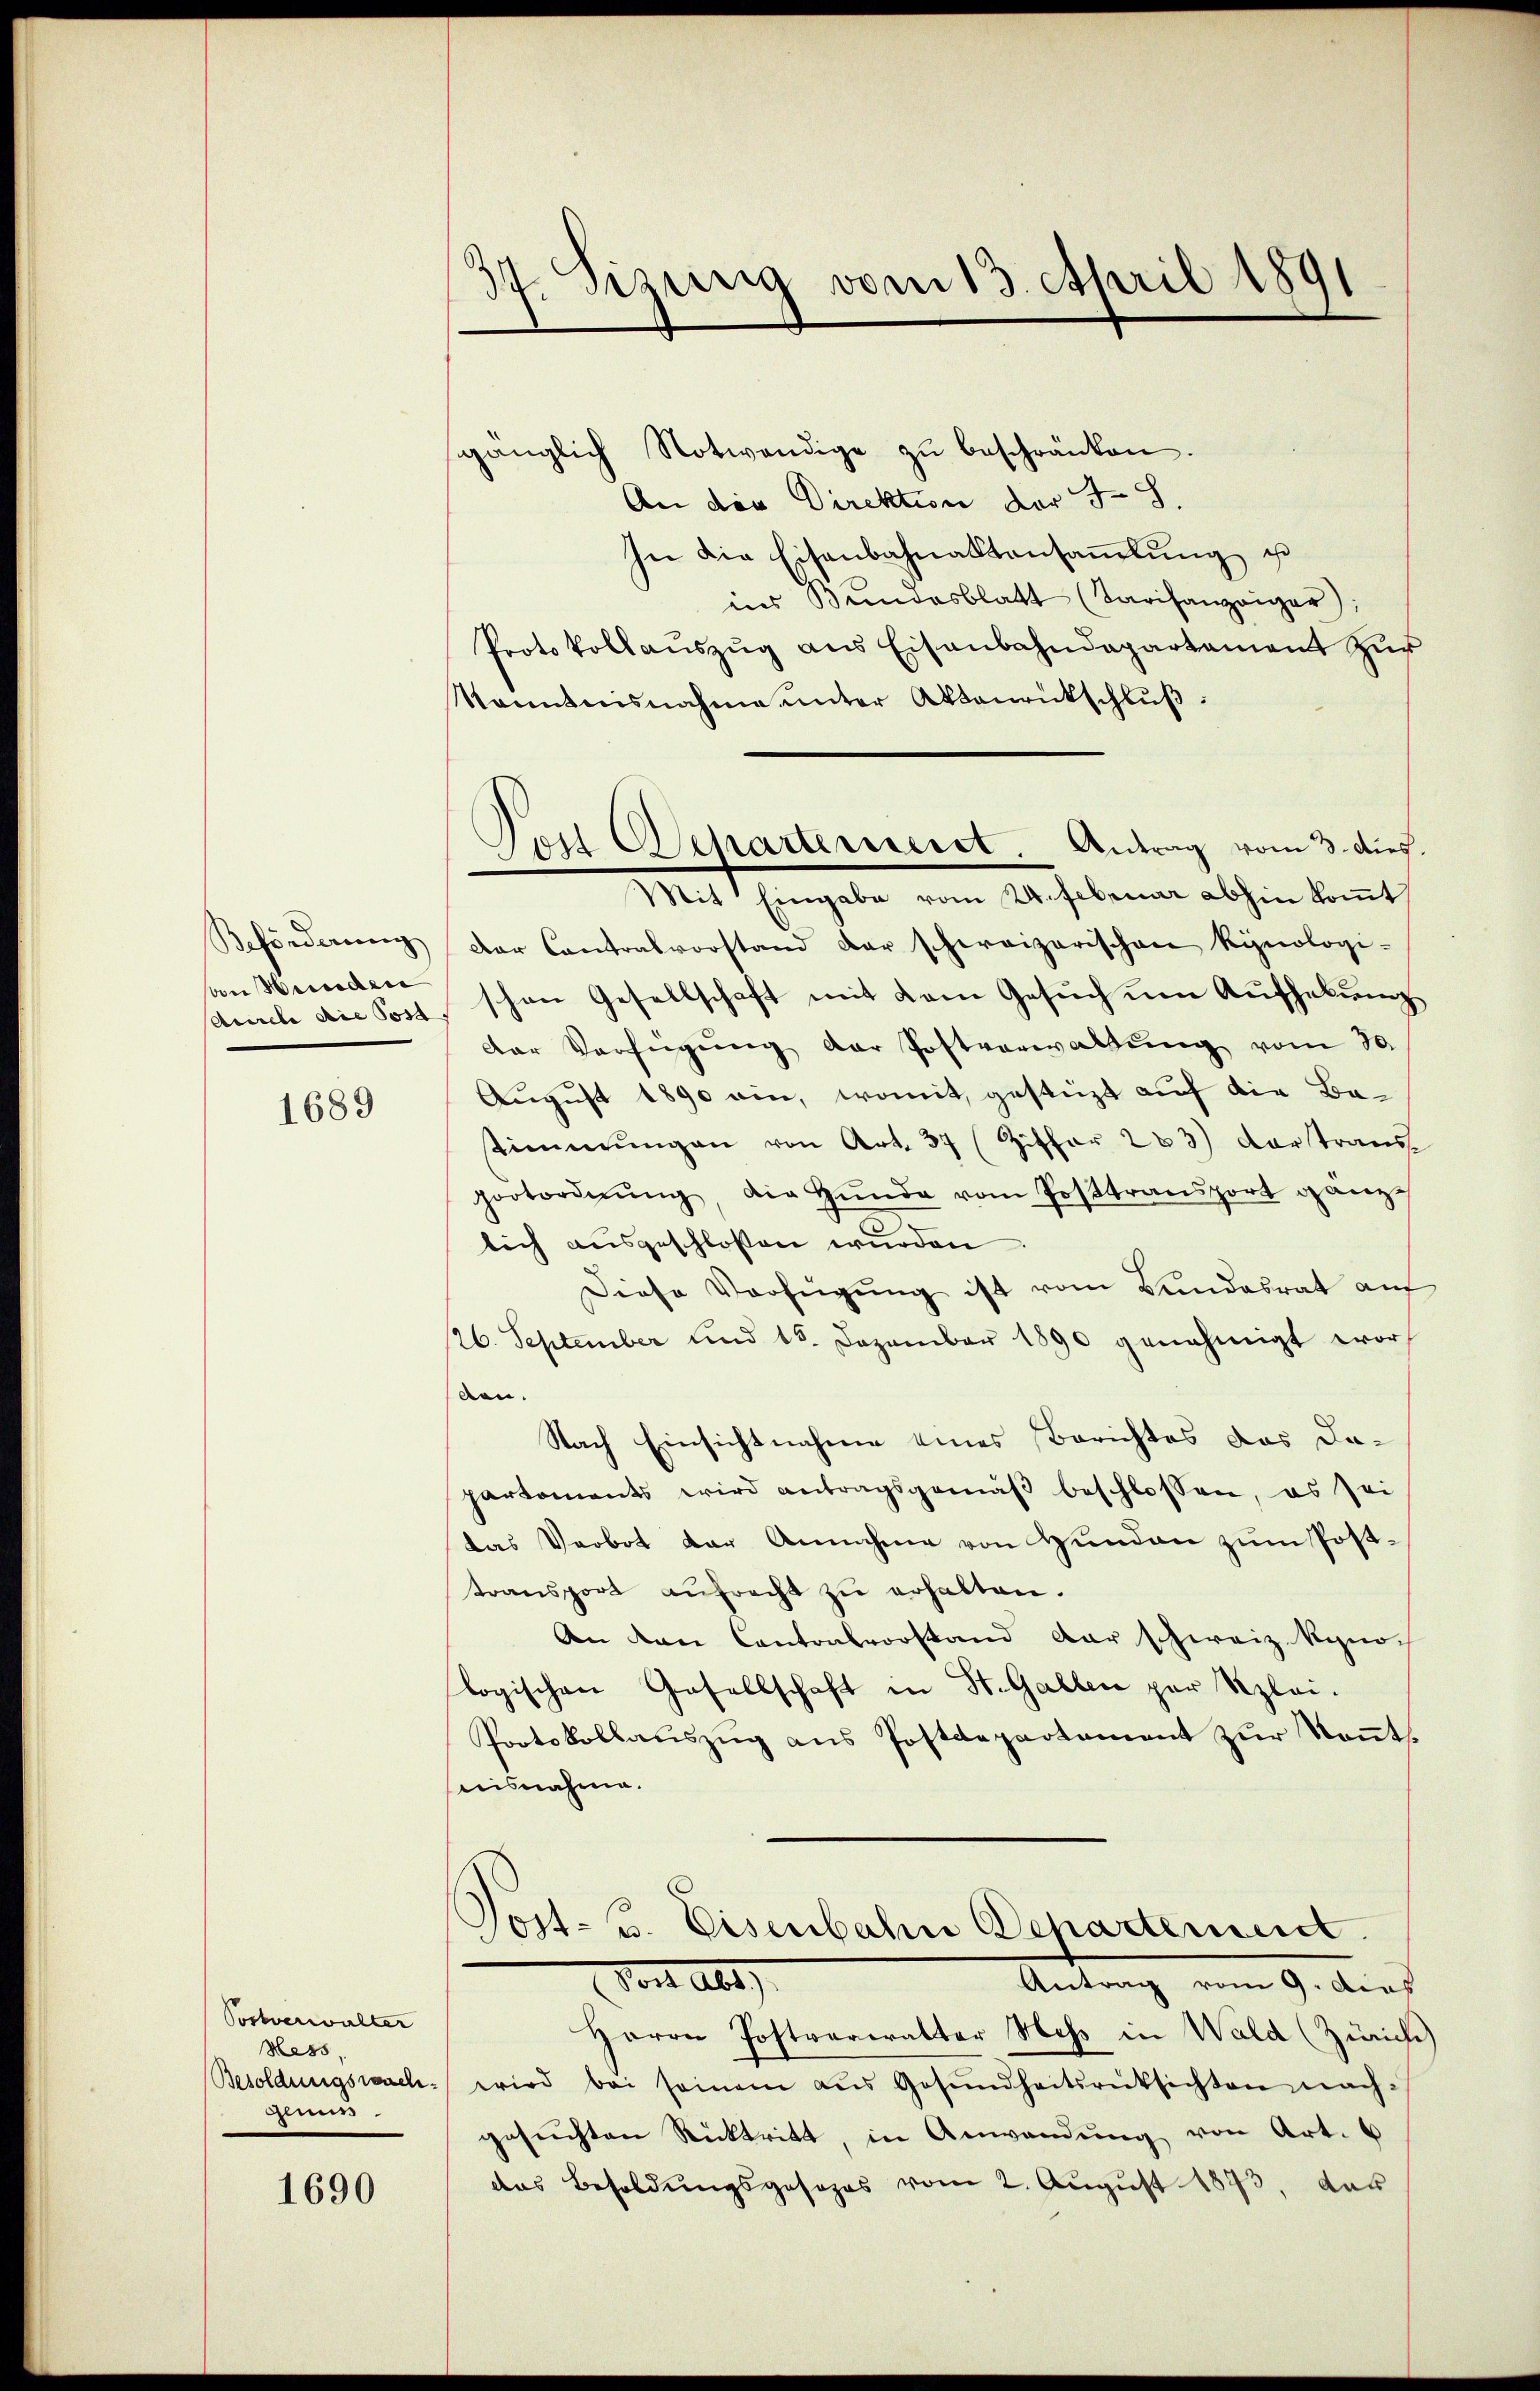
Beförderung
an Wunden
sdurch die Post

1689

Postverwalter
Hess
Besoldungswach¬
Glunss

1690

.
f. Gesung vom 13. April 1891

gänglich Notwendige zŭ beschränken.
An die Direktion der J. H.
In die Eisenbahnaktansaṁlŭng u
ins Bundesblatt (Tarifanzeiger),
Protokollaŭszŭg ans Eisenbahndepartament zŭr
Sanntnisnahme unter Aktaŭrückschlŭβ:
Mit Eingabe vom 24. Februar abhin kommt
Der Contralvorstand der schweizerischen kynologi-
schen Gesellschaft mit dem Gesuch um Aufhebung
der Verfügŭng der Postverwaltŭng vom 30.
August 1890 ein, womit gestüzt auf die Batimmungen von Art. 37 (Ziffer 283) dar trans
pootordnŭng die Hŭnde vom Posttransport gänze
lich aŭsgeschlossen wurden.
Diese Verfügung ist vom Bundesrat auf
26. September und 15. Dezember 1890 genehmigt worden.
Nach Einsichtnahme eines Berichtes das Dapartements wird antragsgemäβ beschlossen, es sei
das Verbot der Annahme von Hunden zum Posttransport aŭfrecht zŭ erhalten.
An den Contralvorstand der schweiz. Syno-
logischen Gesellschaft in St. Gallen par Szlei.
Protokollauszug aus Postdepartement zur Kenntnisnahme.
Post- u. Eisenbahn Departement.
Von Abs
Antrag vom 9. dies
Herrn Postvariralter Mehs in Wald (Zürich
wird bei seinem aŭs Gesŭndheitsrücksichten nachgesuchten Rücktritt, in Anwendŭng von Art. 6
das Besoldungsgesezes vom 2. August 1873, das

Poil Scharternerst Antrag vom 3. dies.